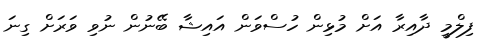
ފިލްމީ ދާއިރާ އަށް މުޅިން ހުސްވަން އައިޝާ ބޭނުން ނުވި ވަރަށް ގިނަ